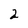
Character: 2